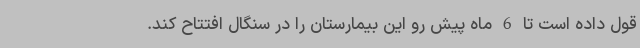
قول داده است تا 6 ماه پیش رو این بیمارستان را در سنگال افتتاح کند.